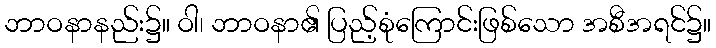
ဘာဝနာနည်း၌။ ဝါ၊ ဘာဝနာ၏ ပြည့်စုံကြောင်းဖြစ်သော အစီအရင်၌။